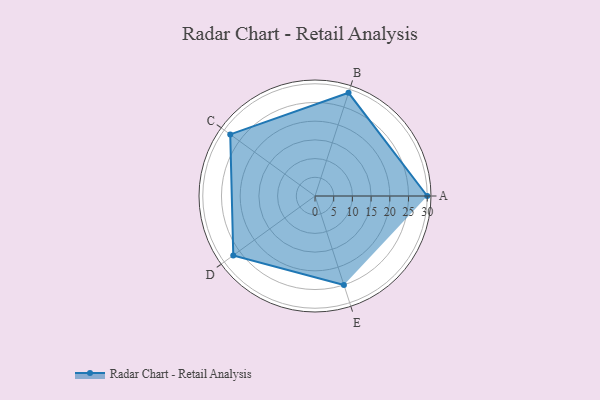
{"axis": {"x": "Skill", "y": "Score"}, "legend": ["Profile"], "data": [{"x": "A", "y": 30.0, "type": "Profile"}, {"x": "B", "y": 29.0, "type": "Profile"}, {"x": "C", "y": 28.0, "type": "Profile"}, {"x": "D", "y": 27.0, "type": "Profile"}, {"x": "E", "y": 25.0, "type": "Profile"}]}